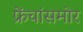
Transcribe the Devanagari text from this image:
फ्रेंचांसमोर